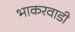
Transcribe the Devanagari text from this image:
भाकरवाडी